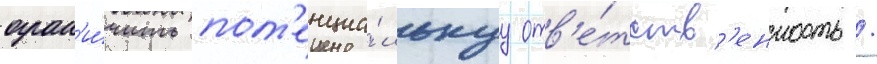
огран'и́чить пот'енциа́льнуу отв'е́тств'енность /